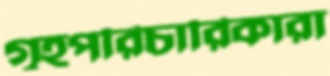
গৃহপরিচারিকারা